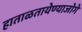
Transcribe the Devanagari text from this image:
हाताळतायेण्याजोगे